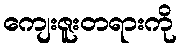
ကျေးဇူးတရားကို